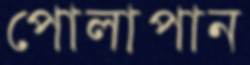
পোলাপান